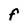
Character: F